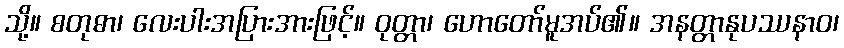
သို့။ စတုဓာ၊ လေးပါးအပြားအားဖြင့်။ ဝုတ္တာ၊ ဟောတော်မူအပ်၏။ အနတ္တာနုပဿနာဝ၊